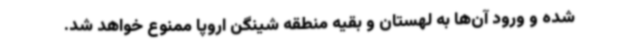
شده و ورود آن‌ها به لهستان و بقیه منطقه شینگن اروپا ممنوع خواهد شد.